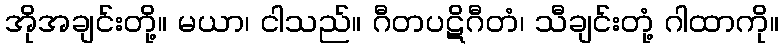
အိုအချင်းတို့။ မယာ၊ ငါသည်။ ဂီတပဋိဂီတံ၊ သီချင်းတုံ့ ဂါထာကို။